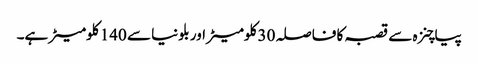
پیاچنزہ سے قصبہ کا فاصلہ 30 کلومیٹر اور بلونیا سے 140 کلومیٹر ہے۔